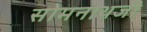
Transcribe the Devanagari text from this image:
सोमनाथजी